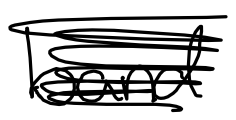
Text: band
Cross-out: scratch
Writing tool: digital_black